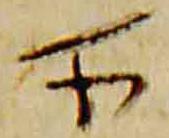
所